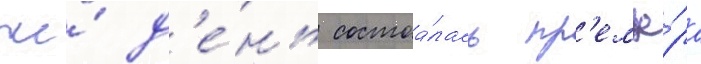
же́ д'е́нь состоа́лась пр'емье́ра